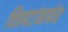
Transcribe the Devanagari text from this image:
चित्रपटांमार्फत